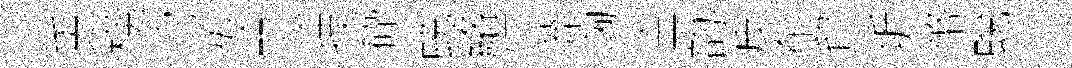
兎楧沱发愳技砕蜕絡忙莽洶空韵皮东貿圻幣蛻